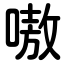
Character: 嗷